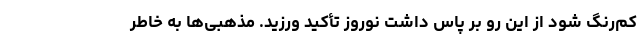
کم‌رنگ شود از این رو بر پاس داشتِ نوروز تأکید ورزید. مذهبی‌ها به خاطر